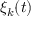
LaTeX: \xi _ { k } ( t )